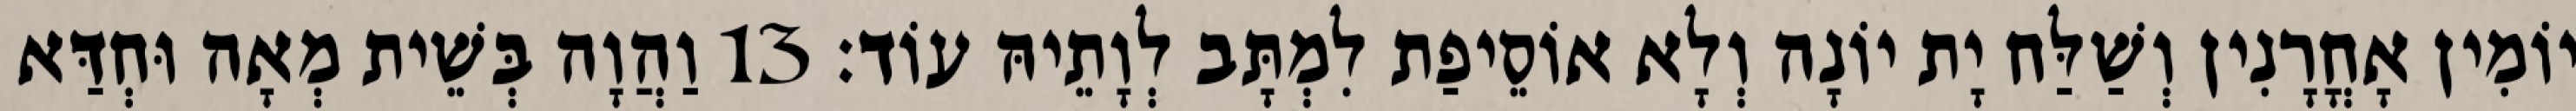
יוֹמִין אָחֳרָנִין וְשַׁלַּח יָת יוֹנָה וְלָא אוֹסֵיפַת לִמְתָּב לְוָתֵיהּ עוֹד׃ 13 וַהֲוָה בְּשֵׁית מְאָה וּחְדַּא